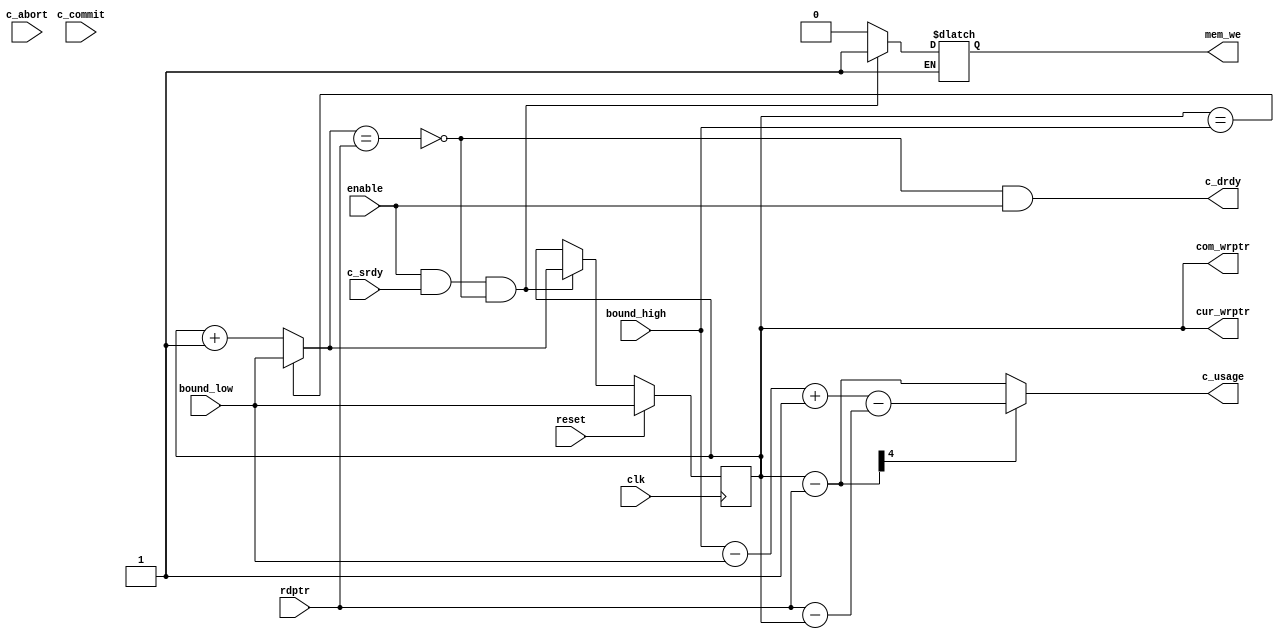
//----------------------------------------------------------------------
// Srdy/Drdy FIFO Head "B"
//
// Building block for FIFOs.  The "B" (big) FIFO is design for larger FIFOs
// based around memories, with sizes that may not be a power of 2.  This
// FIFO has a limitation that at most (depth-1) entries may be used.
//
// The bound inputs allow multiple FIFO controllers to share a single
// memory.  The enable input is for arbitration between multiple FIFO
// controllers, or between the fifo head and tail controllers on a
// single port memory.
//
// The commit parameter enables write/commit behavior.  This creates
// two write pointers, one which is used for writing to memory and
// a commit pointer which is sent to the tail block.
//
// Naming convention: c = consumer, p = producer, i = internal interface
//----------------------------------------------------------------------
//
// This block is uncopyrighted and released into the public domain.
//----------------------------------------------------------------------

// delay unit for nonblocking assigns, default is to #1
`ifndef SDLIB_DELAY 
 `define SDLIB_DELAY #1 
`endif

module sd_fifo_head_b
  #(parameter depth=16,
    parameter commit=0,
    parameter asz=$clog2(depth),
    parameter usz=$clog2(depth+1)
  )
  (
   input       clk,
   input       reset,
   input       enable,
   input       c_commit,
   input       c_abort,  // should be asserted when c_srdy == 0
   input       c_srdy,
   output      c_drdy,

   input [asz-1:0]  bound_low,
   input [asz-1:0]  bound_high,

   input [asz-1:0]      rdptr,
   output reg [asz-1:0] cur_wrptr,
   output reg [asz-1:0] com_wrptr,
   output reg [usz-1:0] c_usage,
   output reg         mem_we
   );
  
  reg [asz-1:0]       nxt_wrptr;
  reg [asz-1:0]       wrptr_p1;
  reg 			empty;
  reg                   full, nxt_full;
  reg [asz-1:0]         nxt_com_wrptr;
  reg [usz:0] 		tmp_usage;
  wire [usz-1:0] 	fifo_size;

  assign fifo_size = bound_high - bound_low + 1;

  assign 		c_drdy = !nxt_full & enable;
  
  always @*
    begin
      if (cur_wrptr[asz-1:0] == bound_high)
	begin
	  wrptr_p1[asz-1:0] = bound_low;
	end
      else
        wrptr_p1 = cur_wrptr + 1;
      
      //empty = (cur_wrptr == rdptr) & !full;
      empty = (cur_wrptr == rdptr);

      // special-case -- if we do abort on a full FIFO
      // force full flag to clear
/* -----\/----- EXCLUDED -----\/-----
      if ((commit == 1) && c_abort && full)
	nxt_full = 0;
      else
	nxt_full = ( (!full & (wrptr_p1 == rdptr)) | (full & (cur_wrptr == rdptr)));
 -----/\----- EXCLUDED -----/\----- */
      nxt_full = (wrptr_p1 == rdptr);

      if ((commit == 1) && c_abort)
        begin
          nxt_wrptr = com_wrptr;
        end
      else if (enable & c_srdy & !nxt_full)
        begin
          nxt_wrptr = wrptr_p1;
          mem_we = 1;
        end
      else
        begin
	  nxt_wrptr = cur_wrptr;
          mem_we = 0;
        end

      tmp_usage = cur_wrptr[asz-1:0] - rdptr[asz-1:0];
      if (~tmp_usage[usz])
        c_usage = tmp_usage[usz-1:0];
      else
        c_usage = fifo_size - (rdptr[asz-1:0] - cur_wrptr[asz-1:0]);  
    end

  always @(posedge clk)
    begin
      if (reset)
	begin
	  cur_wrptr <= `SDLIB_DELAY bound_low;
          full  <= `SDLIB_DELAY 0;
	end
      else
	begin
	  cur_wrptr <= `SDLIB_DELAY nxt_wrptr;
          full  <= `SDLIB_DELAY nxt_full;
	end // else: !if(reset)
    end // always @ (posedge clk)

  generate 
    if (commit)
      begin
	always @*
	  begin
            if (enable & c_commit & !c_abort & c_srdy & !nxt_full)
              nxt_com_wrptr = wrptr_p1;
            else
              nxt_com_wrptr = com_wrptr;
	  end
    
	always @(posedge clk)
	  begin
            if (reset)
              com_wrptr <= `SDLIB_DELAY bound_low;
            else
              com_wrptr <= `SDLIB_DELAY nxt_com_wrptr;
	  end
      end // if (commit)
    else
      begin
	always @*
	  com_wrptr = cur_wrptr;
      end
  endgenerate

endmodule // fifo_head